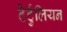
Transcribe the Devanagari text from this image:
टेर्टुलियन